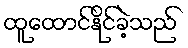
ထူထောင်နိုင်ခဲ့သည်